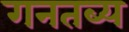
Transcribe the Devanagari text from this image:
गनतब्य